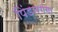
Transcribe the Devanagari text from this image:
पिंडारगंगा